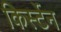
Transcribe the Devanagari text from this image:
किर्स्टेन